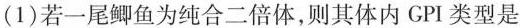
(1)若一尾鲫鱼为纯合二倍体，则其体内GPI类型是